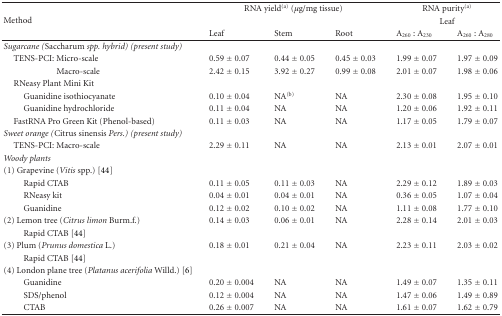
<table><thead><tr><td rowspan="3"><b>Method</b></td><td colspan="3"><b>RNA yield <sup>(a)</sup> (<i>μ</i>g/mg tissue)</b></td><td colspan="2"><b>RNA purity <sup>(a)</sup></b></td></tr><tr><td></td><td></td><td></td><td></td><td colspan="2"><b>Leaf</b></td></tr><tr><td><b>Leaf</b></td><td><b>Stem</b></td><td><b>Root</b></td><td><b>A<sub>260</sub> : A<sub>230</sub></b></td><td><b>A<sub>260</sub> : A<sub>280</sub></b></td></tr></thead><tbody><tr><td><i>Sugarcane (</i>Saccharum <i>spp. hybrid) (present study) </i></td><td></td><td></td><td></td><td></td><td></td></tr><tr><td> TENS-PCI: Micro-scale</td><td>0.59 ± 0.07</td><td>0.44 ± 0.05</td><td>0.45 ± 0.03</td><td>1.99 ± 0.07</td><td>1.97 ± 0.09</td></tr><tr><td>Macro-scale</td><td>2.42 ± 0.15</td><td>3.92 ± 0.27</td><td>0.99 ± 0.08</td><td>2.01 ± 0.07</td><td>1.98 ± 0.06</td></tr><tr><td> RNeasy Plant Mini Kit</td><td></td><td></td><td></td><td></td><td></td></tr><tr><td>Guanidine isothiocyanate</td><td>0.10 ± 0.04</td><td>NA <sup>(b)</sup></td><td>NA</td><td>2.30 ± 0.08</td><td>1.95 ± 0.10</td></tr><tr><td>Guanidine hydrochloride</td><td>0.11 ± 0.04</td><td>NA</td><td>NA</td><td>1.20 ± 0.06</td><td>1.92 ± 0.11</td></tr><tr><td> FastRNA Pro Green Kit (Phenol-based)</td><td>0.11 ± 0.03</td><td>NA</td><td>NA</td><td>1.17 ± 0.05</td><td>1.79 ± 0.07</td></tr><tr><td><i>Sweet orange (</i>Citrus sinensis<i> Pers.) (present study) </i></td><td></td><td></td><td></td><td></td><td></td></tr><tr><td> TENS-PCI: Macro-scale</td><td>2.29 ± 0.11</td><td>NA</td><td>NA</td><td>2.13 ± 0.01</td><td>2.07 ± 0.01</td></tr><tr><td><i>Woody plants</i></td><td></td><td></td><td></td><td></td><td></td></tr><tr><td>(1) Grapevine (<i>Vitis</i> spp.) [44]</td><td></td><td></td><td></td><td></td><td></td></tr><tr><td>Rapid CTAB</td><td>0.11 ± 0.05</td><td>0.11 ± 0.03</td><td>NA</td><td>2.29 ± 0.12</td><td>1.89 ± 0.03</td></tr><tr><td>RNeasy kit</td><td>0.04 ± 0.01</td><td>0.04 ± 0.01</td><td>NA</td><td>0.36 ± 0.05</td><td>1.07 ± 0.04</td></tr><tr><td>Guanidine</td><td>0.12 ± 0.02</td><td>0.10 ± 0.02</td><td>NA</td><td>1.11 ± 0.08</td><td>1.77 ± 0.10</td></tr><tr><td>(2) Lemon tree (<i>Citrus limon </i>Burm.f.)</td><td>0.14 ± 0.03</td><td>0.06 ± 0.01</td><td>NA</td><td>2.28 ± 0.14</td><td>2.01 ± 0.03</td></tr><tr><td>Rapid CTAB [44]</td><td></td><td></td><td></td><td></td><td></td></tr><tr><td>(3) Plum (<i>Prunus domestica</i> L.)</td><td>0.18 ± 0.01</td><td>0.21 ± 0.04</td><td>NA</td><td>2.23 ± 0.11</td><td>2.03 ± 0.02</td></tr><tr><td>Rapid CTAB [44]</td><td></td><td></td><td></td><td></td><td></td></tr><tr><td>(4) London plane tree (<i>Platanus acerifolia </i>Willd.) [6]</td><td></td><td></td><td></td><td></td><td></td></tr><tr><td>Guanidine</td><td>0.20 ± 0.004</td><td>NA</td><td>NA</td><td>1.49 ± 0.07</td><td>1.35 ± 0.11</td></tr><tr><td>SDS/phenol</td><td>0.12 ± 0.004</td><td>NA</td><td>NA</td><td>1.47 ± 0.06</td><td>1.49 ± 0.89</td></tr><tr><td>CTAB</td><td>0.26 ± 0.007</td><td>NA</td><td>NA</td><td>1.61 ± 0.07</td><td>1.62 ± 0.79</td></tr></tbody></table>